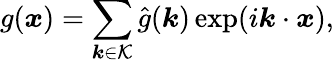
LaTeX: g(\boldsymbol x)=\sum_{\boldsymbol k\in\mathcal{K}}\hat{g}(\boldsymbol k)\exp(i\boldsymbol k\cdot\boldsymbol x),